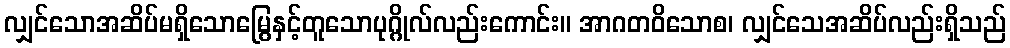
လျှင်သောအဆိပ်မရှိသောမြွေနှင့်တူသောပုဂ္ဂိုလ်လည်းကောင်း။ အာဂတဝိသောစ၊ လျှင်သေအဆိပ်လည်းရှိသည်